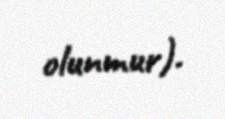
olunmur).